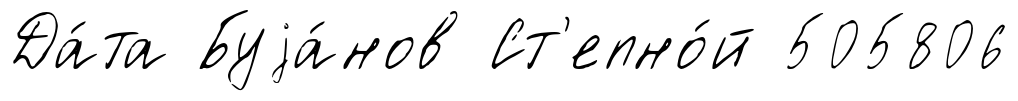
Да́та Буjа́нов Ст'епно́й 505806